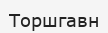
Торшгавн